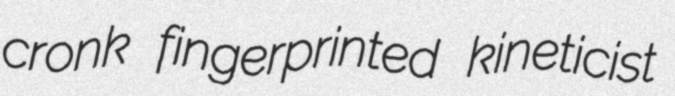
cronk fingerprinted kineticist